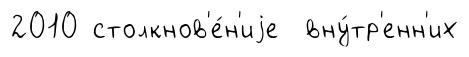
2010 столкнов'е́н'иjе вну́тр'енн'их